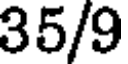
35/9